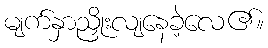
မျက်နှာညှိုးလျနေခဲ့လေ၏။